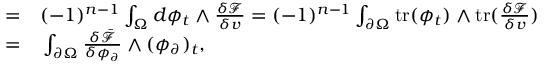
\begin{array} { r l } { = } & { { } ( - 1 ) ^ { n - 1 } \int _ { \Omega } d \phi _ { t } \wedge \frac { \delta \mathcal { F } } { \delta v } = ( - 1 ) ^ { n - 1 } \int _ { \partial \Omega } \mathrm { t r } ( \phi _ { t } ) \wedge \mathrm { t r } ( \frac { \delta \mathcal { F } } { \delta v } ) } \\ { = } & { { } \int _ { \partial \Omega } \frac { \delta \bar { \mathcal { F } } } { \delta \phi _ { \partial } } \wedge ( \phi _ { \partial } ) _ { t } , } \end{array}